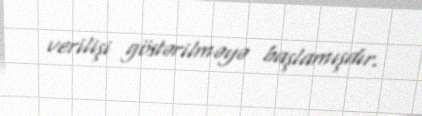
verilişi göstərilməyə başlamışdır.